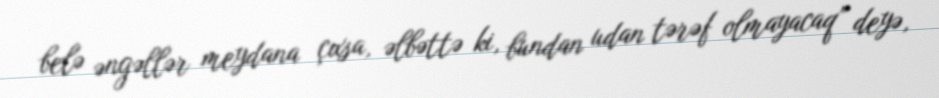
belə əngəllər meydana çıxsa, əlbəttə ki, bundan udan tərəf olmayacaq” deyə,